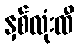
နှစ်လုံးထီ